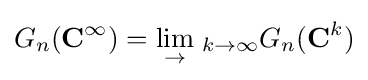
G_{n}(\mathbf {C} ^{\infty })={\lim _{\to }}\;_{k\to \infty }G_{n}(\mathbf {C} ^{k})